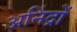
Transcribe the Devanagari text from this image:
अनिंद्रों